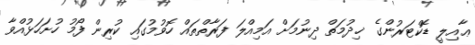
ޢާއިލީ ޑޮކްޓަރުންގެ ޚިދުމަތް ދިނުމަށް އަމިއްލަ ފަރާތްތައް ހޮވުމުގައި ކުރިން ފޯމު ހުށަހަޅުއްވާ